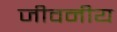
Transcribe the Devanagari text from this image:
जीवनीय